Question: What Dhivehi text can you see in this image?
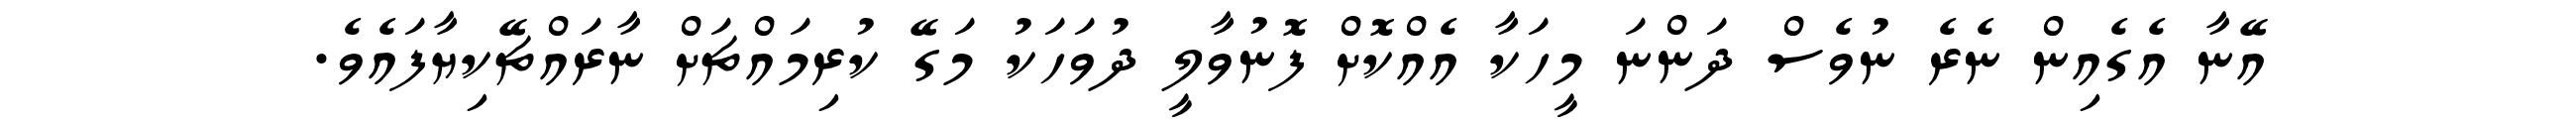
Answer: އޭނާ އެގެއިން ނެރެ ނުވެސް ދަންނަ މީހަކާ އެއްކޮށް ފޮނުވާލީ ދުވަހަކު މަގޭ ކުރިމައްޗަށް ނާރައްޗޭކިޔާފައެވެ.